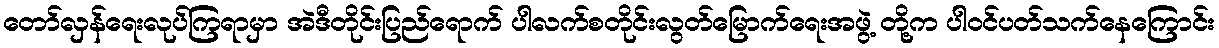
တော်လှန်ရေးလုပ်ကြရာမှာ အဲဒီတိုင်းပြည်ရောက် ပါလက်စတိုင်းလွတ်မြောက်ရေးအဖွဲ့ တို့က ပါဝင်ပတ်သက်နေကြောင်း